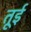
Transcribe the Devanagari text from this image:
तूई